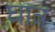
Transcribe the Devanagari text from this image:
घात्र